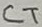
Text: CT